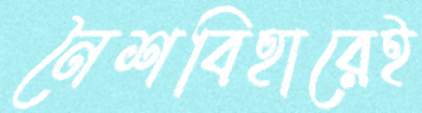
নৈশবিহারেই